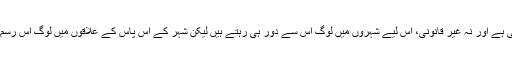
چونکہ یہ ایک ایسی رسم ہے جو نہ قانونی ہے اور نہ غیر قانونی، اس لیے شہروں میں لوگ اس سے دور ہی رہتے ہیں لیکن شہر کے آس پاس کے علاقوں میں لوگ اس رسم کو منانے میں زیادہ دلچسپی دکھاتے ہیں۔